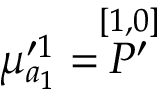
\mu _ { a _ { 1 } } ^ { \prime 1 } = \stackrel { [ 1 , 0 ] } { { \cal P } ^ { \prime } }